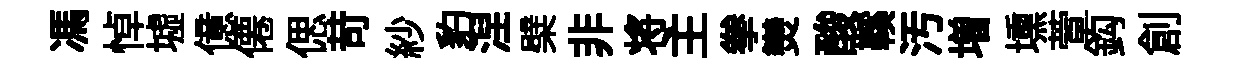
馮悼墟億僊偲苛紗豹湼檗非将主拳𤓖酸鞵汚増壎萱鈎創